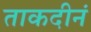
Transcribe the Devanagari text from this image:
ताकदीनं